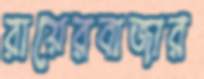
রায়েরবাজার